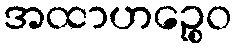
အထာဟဉ္စေဝ